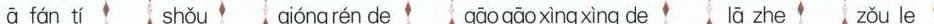
ā fán tí shǒu qióng rén de gāo gāo xìng xìng de lā zhe zǒu le